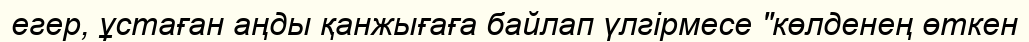
егер, ұстаған аңды қанжығаға байлап үлгірмесе "көлденең өткен